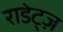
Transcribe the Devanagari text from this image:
राडेट्ज़